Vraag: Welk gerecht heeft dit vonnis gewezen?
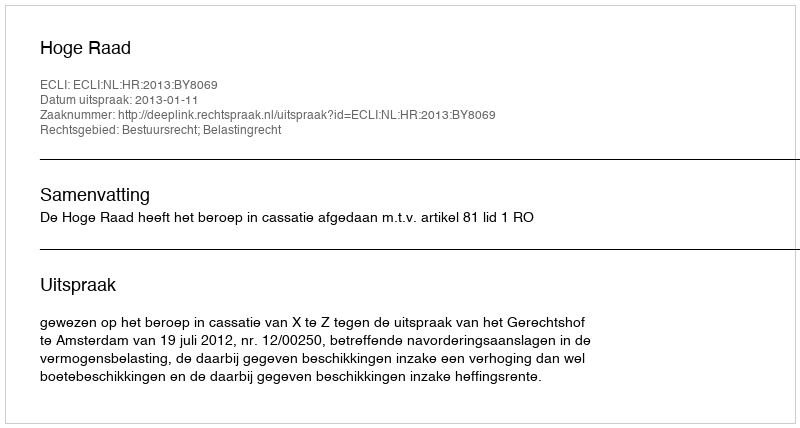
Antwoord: Hoge Raad